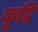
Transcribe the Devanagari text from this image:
कूदि